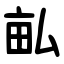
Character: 畆